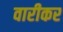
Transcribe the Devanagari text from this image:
वारीकर